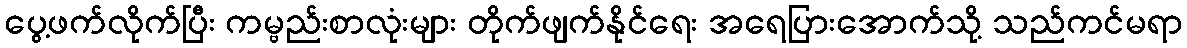
ပွေ့ဖက်လိုက်ပြီး ကမ္ဗည်းစာလုံးများ တိုက်ဖျက်နိုင်ရေး အရေပြားအောက်သို့ သည်ကင်မရာ